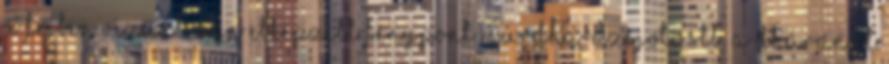
a fejben vizuálisan elképzelt fénypont múrdha-dzsjoti stb. A dháranát